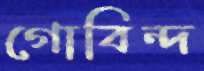
গোবিন্দ